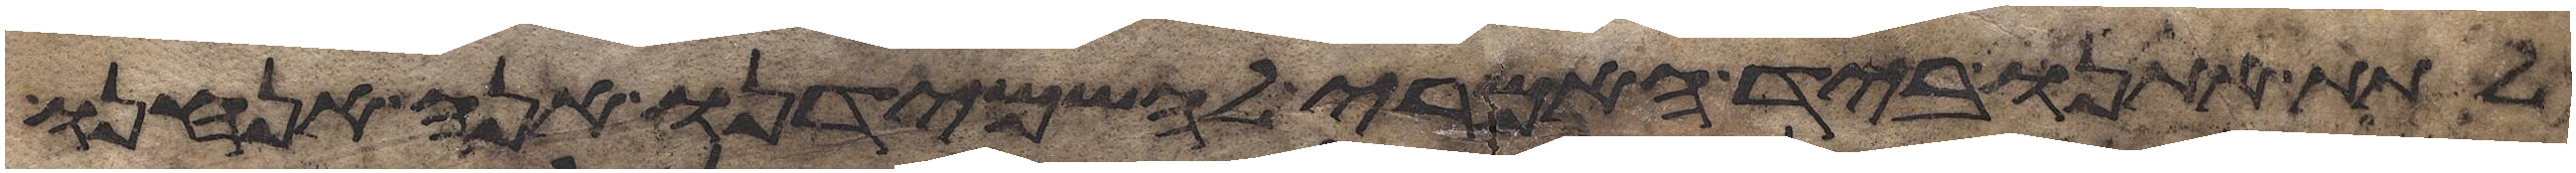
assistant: לתת אתנו ביד האמרי להשמידנו אנה אנחנו